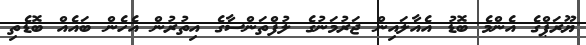
ޔޫރަޕްގެ އެންމެ ބޮޑު އެއާލައިން ޖަރުމަނުގެ ލުފްތަންސާގެ އިތުރުން އެހެެން ބައެއް ބޮޑެތި